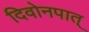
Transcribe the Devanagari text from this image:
दिवोनपात्